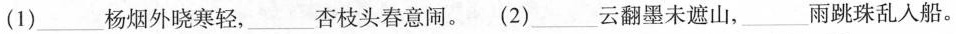
(1)____杨烟外晓寒轻，___杏枝头春意闹。(2)___云翻墨未遮山，___雨跳珠乱入船。